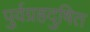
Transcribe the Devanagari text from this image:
पुर्वग्रहदुषित